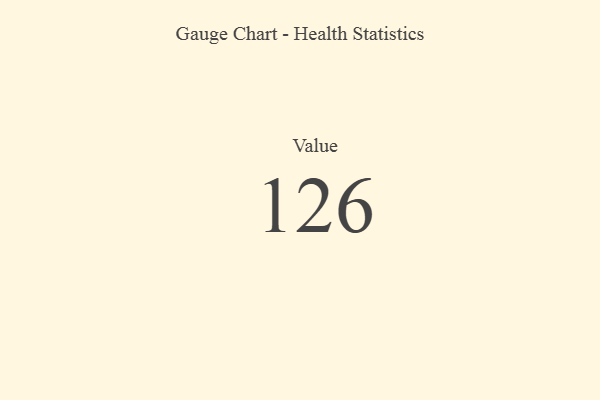
{"axis": {"x": "Metric", "y": "Value"}, "legend": [""], "data": [{"x": "Value", "y": 126, "type": ""}]}